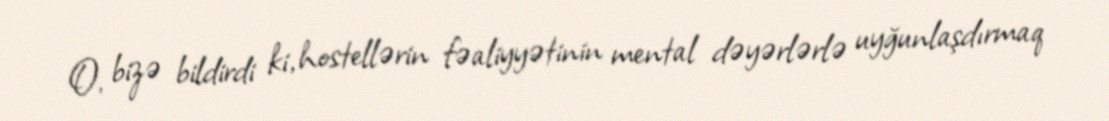
O, bizə bildirdi ki, hostellərin fəaliyyətinin mental dəyərlərlə uyğunlaşdırmaq